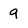
Character: 9